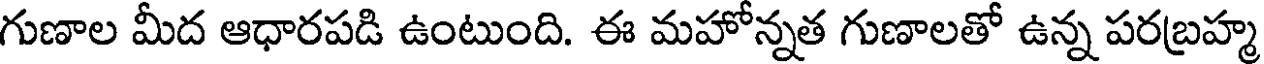
గుణాల మీద ఆధారపడి ఉంటుంది. ఈ మహోన్నత గుణాలతో ఉన్న పరబ్రహ్మ